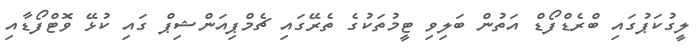
ލީގުކަޕުގައި ބްރެޑްފޯޑް އަތުން ބަލިވި ޓީމުތަކުގެ ތެރޭގައި ޗެމްޕިއަންޝިޕް ގައި ކުޅޭ ވޮޓްފޯޑާއި